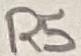
Text: R5